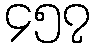
၄၅၇